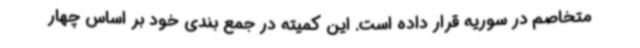
متخاصم در سوریه قرار داده است. این کمیته در جمع بندی خود بر اساس چهار